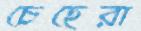
চেহেরা